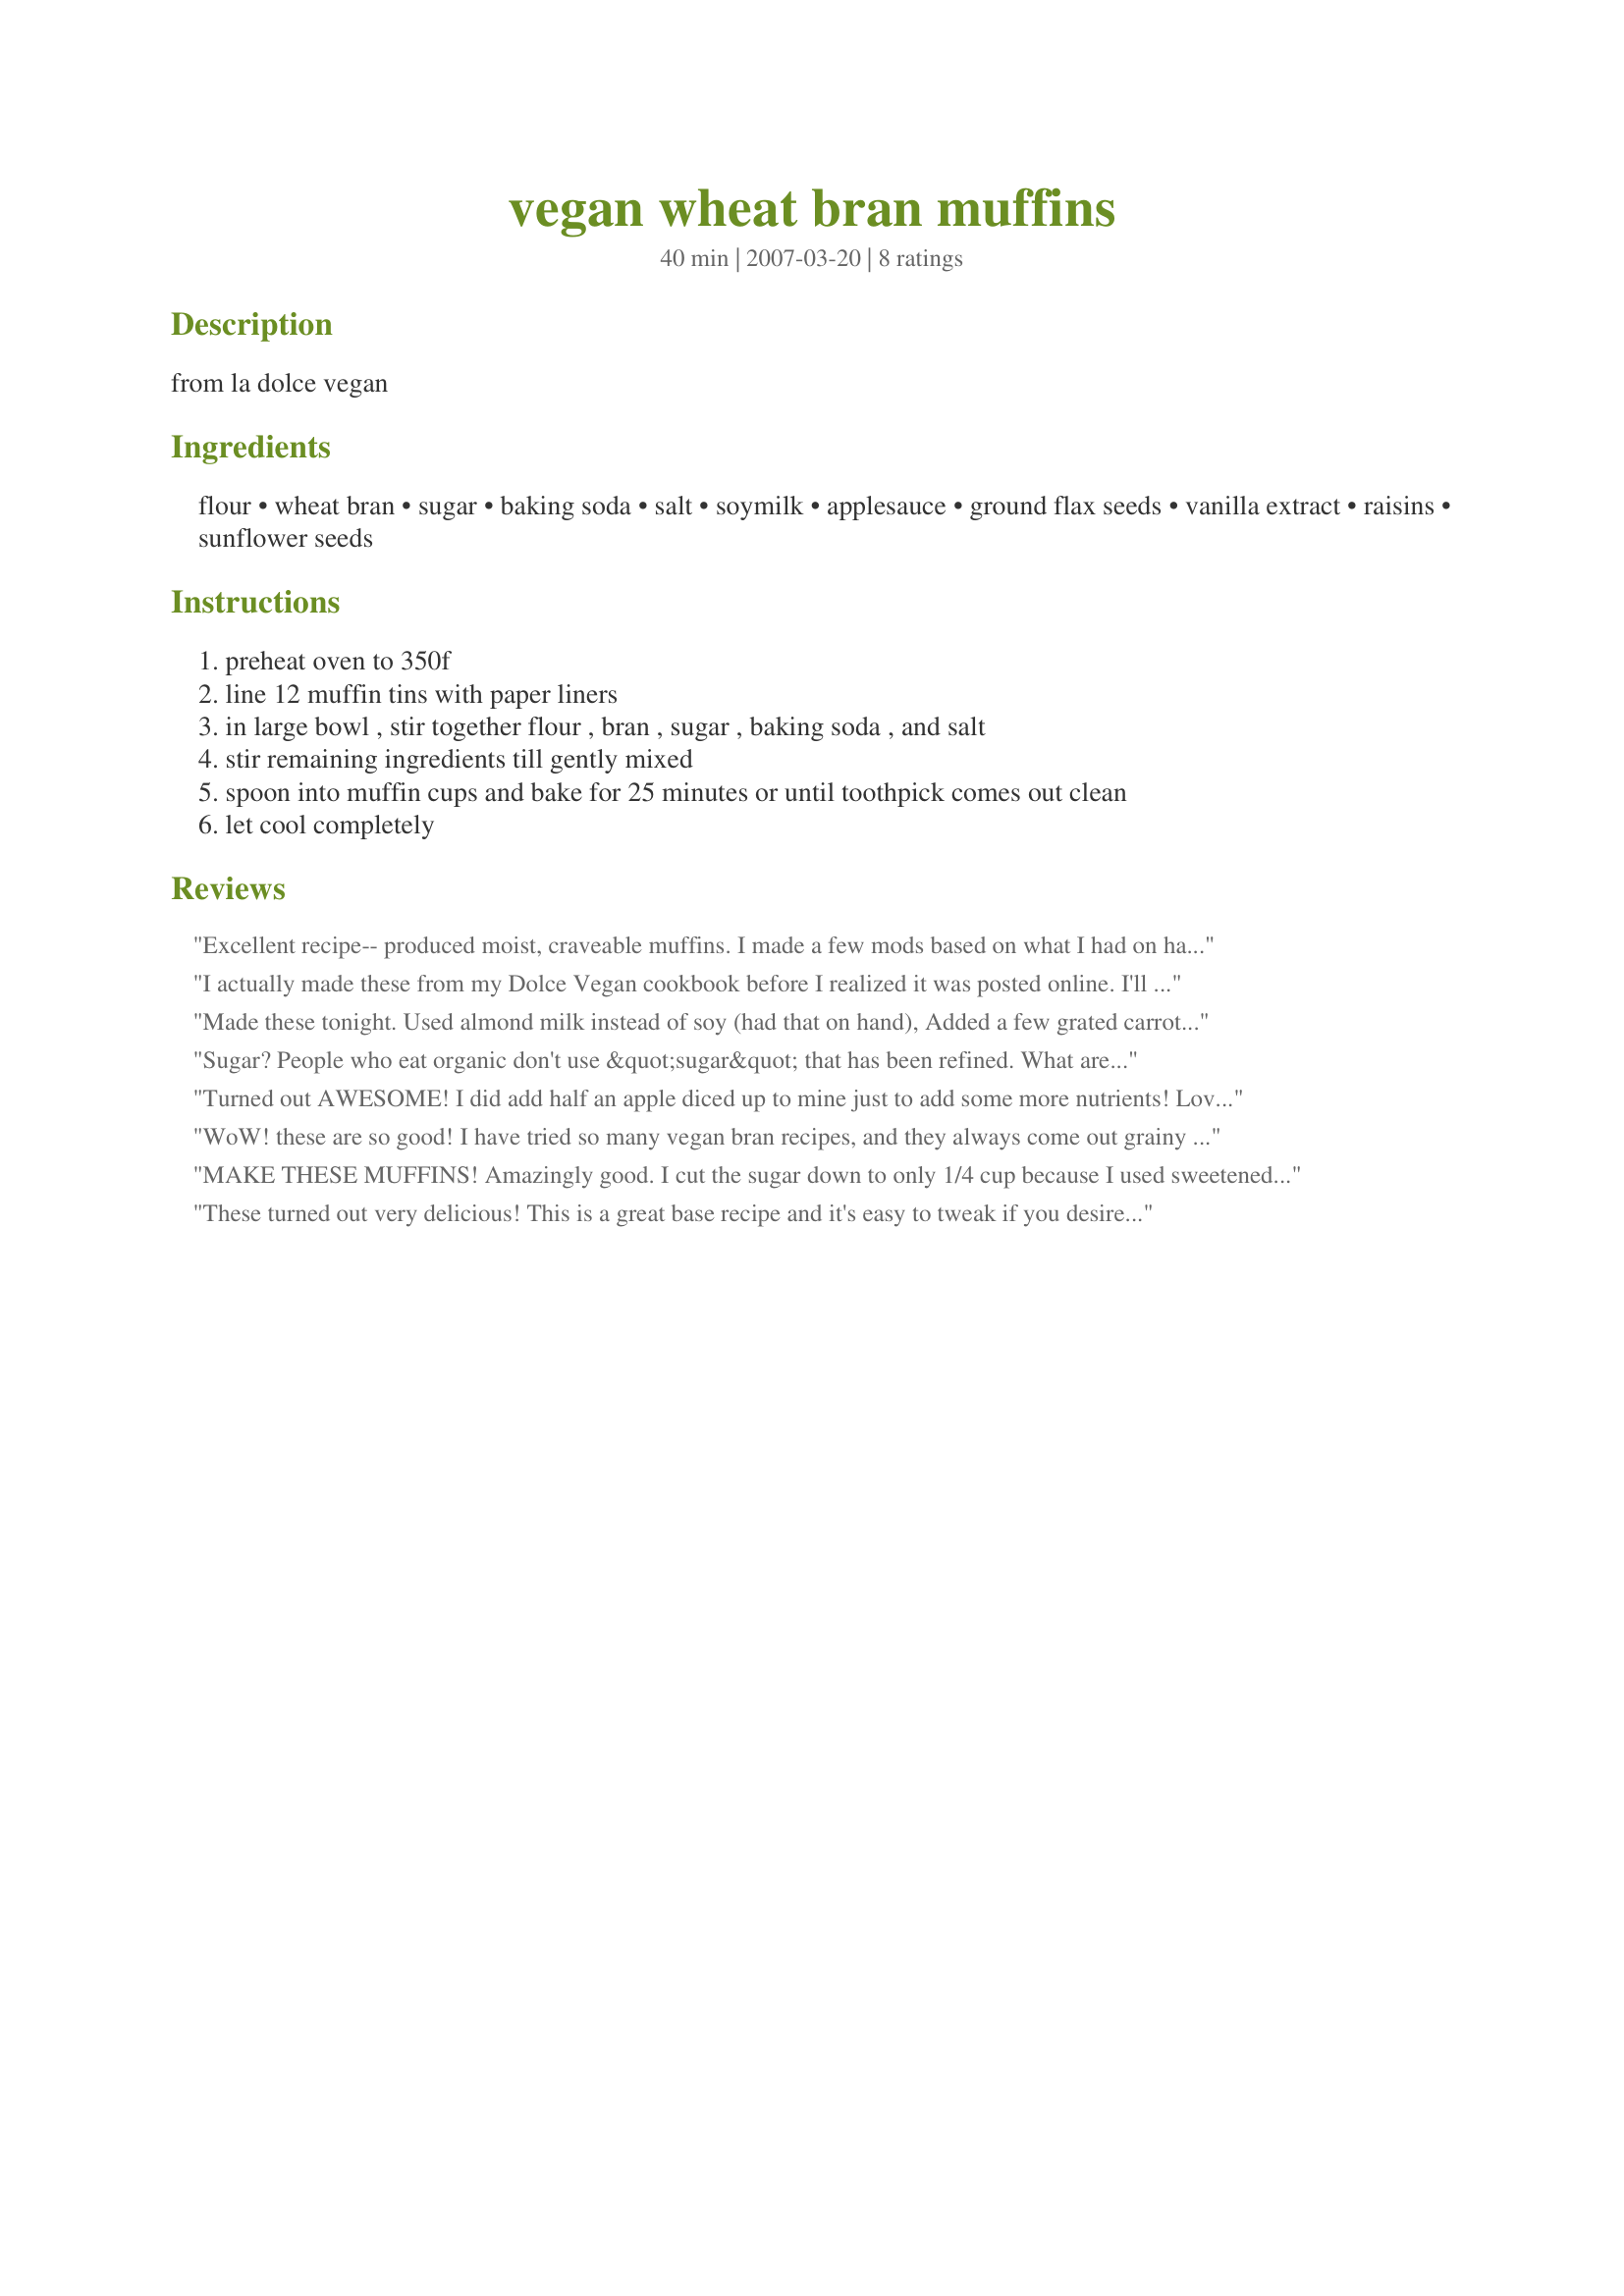
vegan wheat bran muffins
Preparation time: 40 minutes

from la dolce vegan

Ingredients:
flour, wheat bran, sugar, baking soda, salt, soymilk, applesauce, ground flax seeds, vanilla extract, raisins, sunflower seeds

Steps:
preheat oven to 350f
line 12 muffin tins with paper liners
in large bowl , stir together flour , bran , sugar , baking soda , and salt
stir remaining ingredients till gently mixed
spoon into muffin cups and bake for 25 minutes or until toothpick comes out clean
let cool completely

Reviews:
Excellent recipe-- produced moist, craveable muffins. I made a few mods based on what I had on hand: 
--Substituted soy milk for rice milk
--Used an extra 1/2 cup sugar and 1/4 oil instead of apple sauce
--added scant 1/2 cup wheat germ
I actually made these from my Dolce Vegan cookbook before I realized it was posted online. I'll have to agree with the other reviewer: these muffins are great (if you like bran muffins - which I do). I make them with artificial banana flavor instead of vanilla extract.

On another note, there is a very strange thing that happens each time I make these. After about a day, my sunflower seeds turn bright green. The first time it happened, I threw the muffins out thinking that the seeds were too old. This time, I made it with brand new seeds, and the same thing happened. It's very weird! They still taste good and have that wonderful moist and fluffy texture. Thank you for posting the recipe!
Made these tonight. Used almond milk instead of soy (had that on hand), Added a few grated carrots and 1 tsp cinnamon. They came out great! Good foundation recipe.
Sugar? People who eat organic don't use &quot;sugar&quot; that has been refined. What are the alternatives there?
Turned out AWESOME! I did add half an apple diced up to mine just to add some more nutrients! Love it! :)
WoW! these are so good! I have tried so many vegan bran recipes, and they always come out grainy or chewy..this is fluffy and just the right amount of sweetness...I used a mashed banana instead of the applesauce, and vanilla soymilk, omitting the vanilla, as I was out of these things..
MAKE THESE MUFFINS! Amazingly good. I cut the sugar down to only 1/4 cup because I used sweetened vanilla soy milk (costco brand). -- they were plenty sweet. I used chopped walnuts instead of sunflower seeds and used 1 cup whole wheat flour and 1/3 regular. These would be great with dried cranberries or any other additions as well. I made mini muffins and baked for 15 minutes.
These turned out very delicious! This is a great base recipe and it's easy to tweak if you desire. I made a few adjustments... I used pumpkin seeds and dried cranberries because I prefer them. Also, I used homemade applesauce to add nutrients and flavor and sprinkled the tops with cinnamon. Yum!
